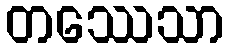
တဿေသာ